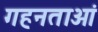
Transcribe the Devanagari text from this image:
गहनताओं